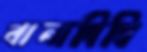
বালাদিঘি